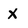
Character: X